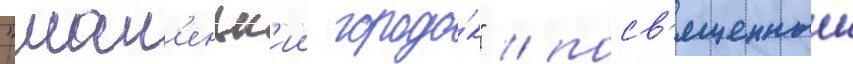
"мал'еньк'ии городо́к" / посв'ященныи